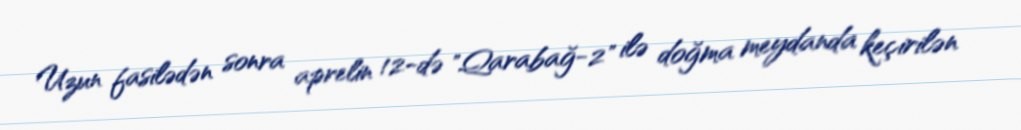
Uzun fasilədən sonra aprelin 12-də "Qarabağ-2" ilə doğma meydanda keçirilən